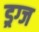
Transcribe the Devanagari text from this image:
ड्रग्ज